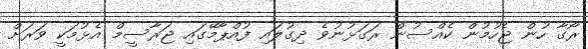
ރޯގާ ހުން ޖެހުމުން ކެއްސުން ރަގަޅުނުވެ ދިގުލައި ފުއްޕާމޭގައި ޖަރާސީމް އެޅުމަކީ ވަރަށް